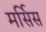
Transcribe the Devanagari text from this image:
मर्सिस